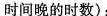
时间晚的时数)：